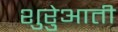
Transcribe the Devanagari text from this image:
शुरेुआती